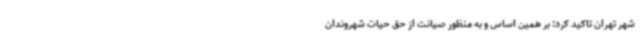
شهر تهران تاکید کرد: بر همین اساس و به منظور صیانت از حق حیات شهروندان